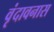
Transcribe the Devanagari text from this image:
वृंदावनास